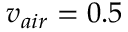
v _ { a i r } = 0 . 5